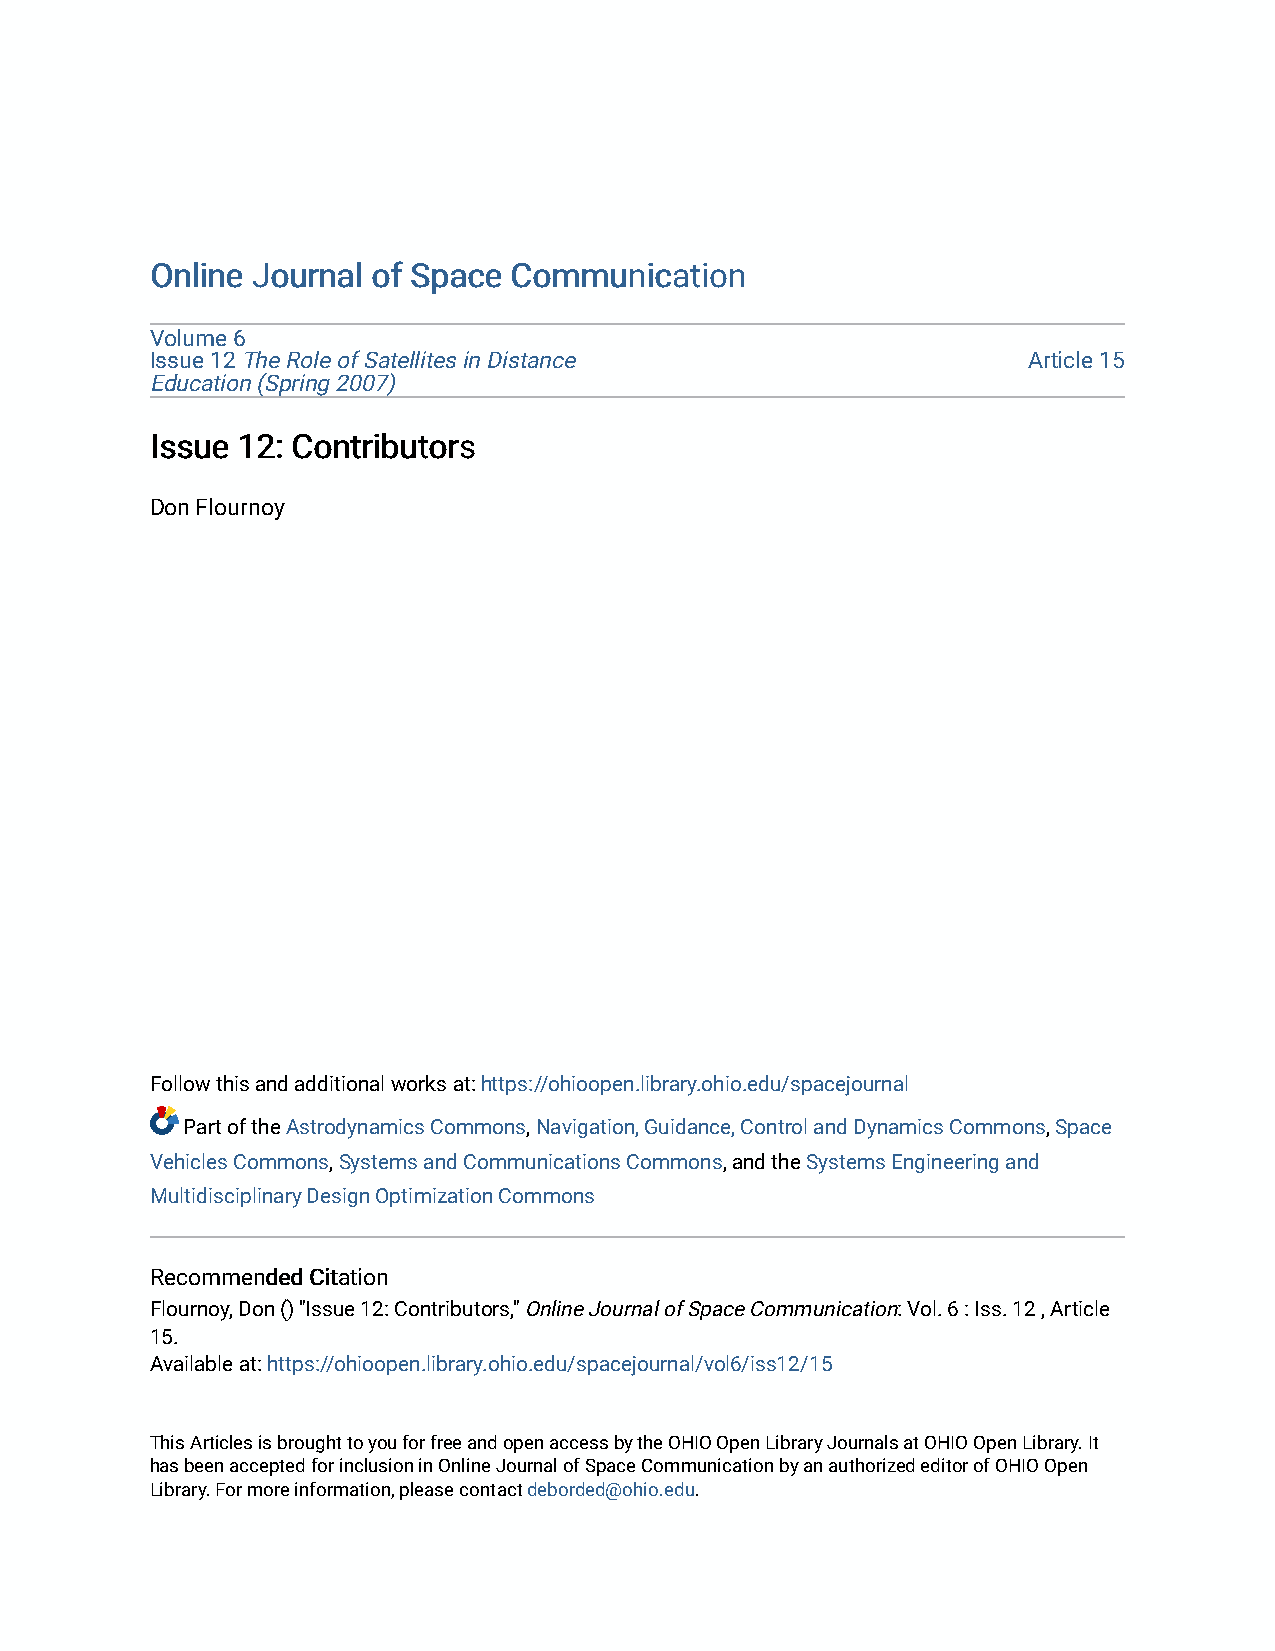
OOnnlliinnee JJoouurrnnaall ooff SSppaaccee CCoommmmuunniiccaattiioonn
 Volume 6
 Issue 12 The Role of Satellites in Distance               Article 15
 Education (Spring 2007)
 IIssssuuee 1122:: CCoonnttrriibbuuttoorrss
 Don Flournoy
 Follow this and additional works at: https://ohioopen.library.ohio.edu/spacejournal
 Part of the Astrodynamics Commons, Navigation, Guidance, Control and Dynamics Commons, Space
 Vehicles Commons, Systems and Communications Commons, and the Systems Engineering and
 Multidisciplinary Design Optimization Commons
 RReeccoommmmeennddeedd CCiittaattiioonn
 Flournoy, Don () "Issue 12: Contributors," Online Journal of Space Communication: Vol. 6 : Iss. 12 , Article
 15.
 Available at: https://ohioopen.library.ohio.edu/spacejournal/vol6/iss12/15
 This Articles is brought to you for free and open access by the OHIO Open Library Journals at OHIO Open Library. It
 has been accepted for inclusion in Online Journal of Space Communication by an authorized editor of OHIO Open
 Library. For more information, please contact deborded@ohio.edu.